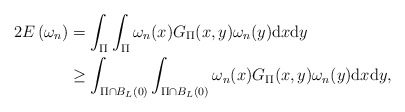
\begin{align*}2 E\left(\omega_{n}\right)&=\int_{\Pi} \int_{\Pi} \omega_{n}(x) G_{\Pi}(x, y) \omega_{n}(y) \mathrm{d} x \mathrm{d} y \\&\geq \int_{\Pi \cap B_{L}(0)} \int_{\Pi \cap B_{L}(0)} \omega_{n}(x) G_{\Pi}(x, y) \omega_{n}(y) \mathrm{d} x \mathrm{d} y,\end{align*}